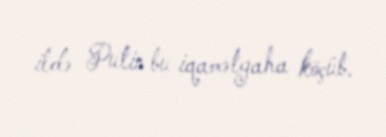
ildə Putin bu iqamətgaha köçüb.